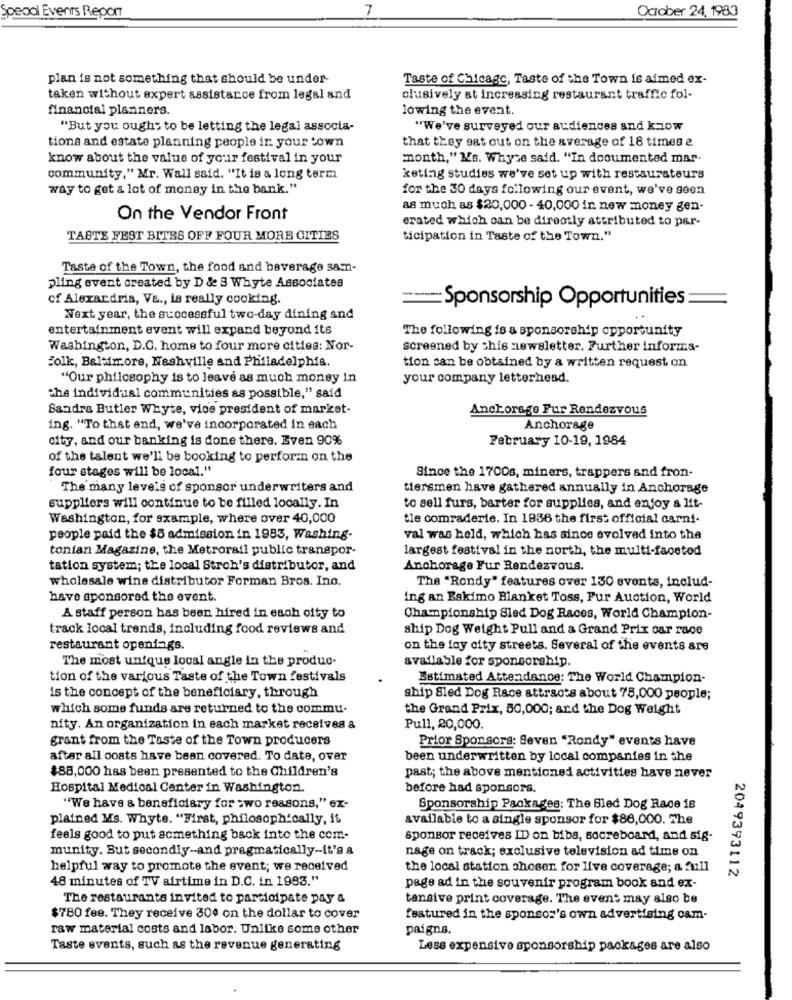
7
October 24, 1983
Spead Events Report
plan is not something that should be under-
Taste of Chicago, Taste of the Town is aimed ex-
taken without expert assistance from legal and
clusively at increasing restaurant traffic fol-
financial planners.
lowing the event.
"But you oughs to be letting the legal associa-
"We've surveyed our audiences and know
that they eat out on the average of 18 times e
tions and estate planning people in your town
know about the value of your festival in your
month," Ms. Whyse said. "In dcoumented mar-
community," Mr. Wall said. "It is a long term
keting studies we've set up with restaurateurs
way to get a lot of money in the bank."
for the 30 days following our event, we've seen
as much as $20,000 - 40,000 in new money gen-
On the Vendor Front
erated which can be directly attributed to par-
TASTE FEST BITES OFF FOUR MORE CITIES
ticipation in Taste of the Town."
Taste of the Town, the food and beverage sam-
pling event created by D & B Whyte Associates
of Alexandria, Va ., is really cooking.
Sponsorship Opportunities
Next year, the scocessful two-day dining and
entertainment event will expand beyond its
The following is a sponsorship opportunity
Washington, D.C. home to four more cities: Nor-
screened by shis newsletter. Further informa-
folk, Baltimore, Nashville and Philadelphia.
tion can be obtained by a written request on
"Our philosophy is to leave as much money in
your company letterhead.
the individual communities as possible," said
Sandra Butler Whyte, vice president of market-
Anchorage Fur Rendezvous
ing. "To that end, we've incorporated in each
Anchorage
city, and our banking is done there. Even 90%
February 10-19, 1984
of the talent we'll be booking to perform on the
four stages will be local."
Since the 1700s, miners, trappers and fron-
The many levels of sponsor underwriters and
tiersmen have gathered annually in Anchorage
suppliers will continue to be filled locally. In
to sell furs, barter for supplies, and enjoy a lit-
Washington, for example, where over 40,000
tle comraderie. In 1856 the first official carni-
people paid the $5 admission in 1983, Washing-
val was held, which has since evolved into the
tonian Magazine, the Metrorail public transpor-
largest festival in the north, the multi-faceted
tation system; the local Stroh's distributor, and
Anchorage Fur Rendezvous.
wholesale wine distributor Forman Bros. Ino.
The "Rondy" features over 150 events, includ-
have sponsored the event.
ing an Bakimo Blanket Toss, Fur Auction, World
A staff person has been hired in each oity to
Championship Sied Dog Races, World Champion-
track local trends, including food reviews and
ship Dog Weight Pull and a Grand Prix car race
restaurant openings.
on the icy city streets. Several of the events are
The most unique local angle in the produc-
available for sponsorship.
tion of the various Taste of the Town festivals
Estimated Attendance: The World Champion-
is the concept of the beneficiary, through
ship Sled Dog Race attracts about 78,000 people;
which some funds are returned to the commu-
the Grand Prix, 50,000; and the Dog Weight
nity. An organization in each market receives &
Pull, 20,000.
grant from the Taste of the Town producers
Prior Sponsors: Seven "Rondy" events have
after all costs have been covered. To date, over
been underwritten by local companies in the
$88,000 has been presented to the Children's
past; the above mentioned activities have never
Hospital Medical Center in Washington.
before had sponsors.
"We have & beneficiary for two reasons," ex-
Sponsorship Packages: The Bled Dog Race is
plained Ms. Whyte. "First, philosophically, it
available to a single sponsor for $86,000. The
feels good to put something back into the com-
sponsor receives ID on bibs, socreboard, and sig-
munity. But secondly-and pragmatically-it's a
nage on track; exclusive television ad time on
helpful way to promote the event; we received
the local station chosen for live coverage; a full
2049393112
48 minutes of TV airtime in D.C. in 1983."
page ad in the souvenir program book and ex-
The restaurants invited to participate pay &
tensive print coverage. The event may also be
$780 fee. They receive 304 on the dollar to cover
featured in the sponsor's own advertising cam-
raw material costs and labor. Unlike some other
paigns.
Taste events, such as the revenue generating
Less expensive sponsorship packages are also